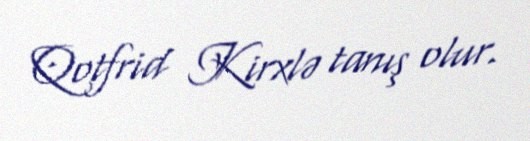
Qotfrid Kirxlə tanış olur.